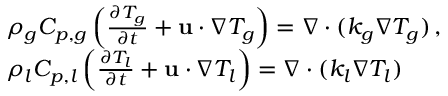
\begin{array} { r l } & { \rho _ { g } C _ { p , g } \left( \frac { \partial T _ { g } } { \partial t } + \mathbf { u } \cdot \nabla T _ { g } \right) = \nabla \cdot ( k _ { g } \nabla T _ { g } ) \, , \, } \\ & { \rho _ { l } C _ { p , l } \left( \frac { \partial T _ { l } } { \partial t } + \mathbf { u } \cdot \nabla T _ { l } \right) = \nabla \cdot ( k _ { l } \nabla T _ { l } ) \, } \end{array}